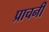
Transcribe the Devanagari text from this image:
प्राचनी